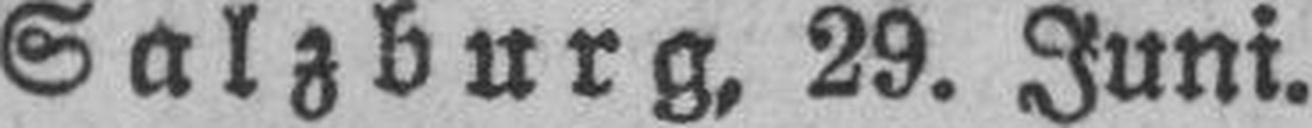
Salzburg, 29. Juni.